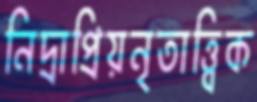
নিদ্রাপ্রিয়নৃতাত্ত্বিক